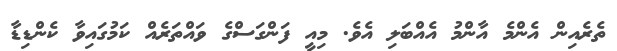
ތެރެއިން އެންމެ އާންމު އެއްބަލި އެވެ. މިއީ ފަންގަސްގެ ވައްތަރެއް ކަމުގައިވާ ކެންޑިޑާ